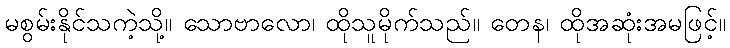
မစွမ်းနိုင်သကဲ့သို့။ သောဗာလော၊ ထိုသူမိုက်သည်။ တေန၊ ထိုအဆုံးအမဖြင့်။